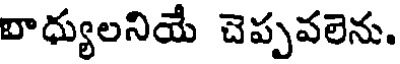
బాధ్యులనియే చెప్పవలెను.